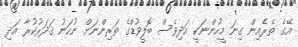
އޭގެ ތެރެއިން ގިނަ މީހުންނަކީ އަދިވެސް ބޮލީވުޑްގެ ތަރިންނަށް ނުހަނު ޤަދަރުކުރާ އަދި